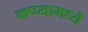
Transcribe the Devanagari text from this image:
कप्प्यामध्ये